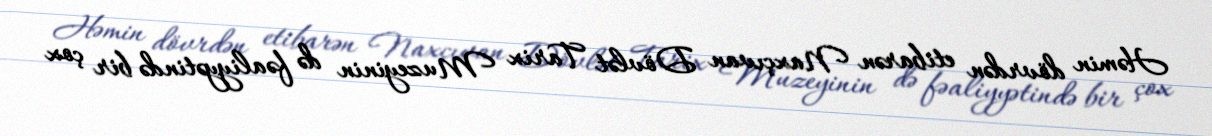
Həmin dövrdən etibarən Naxçıvan Dövlət Tarix Muzeyinin də fəaliyyətində bir çox